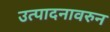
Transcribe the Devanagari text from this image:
उत्पादनावरुन